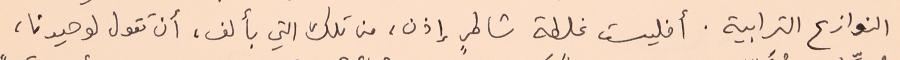
النوازع الترابية. أفليست غلطة شاطرٍ إذن، من تلك التي بألف، أن تقول لوحيدنا،